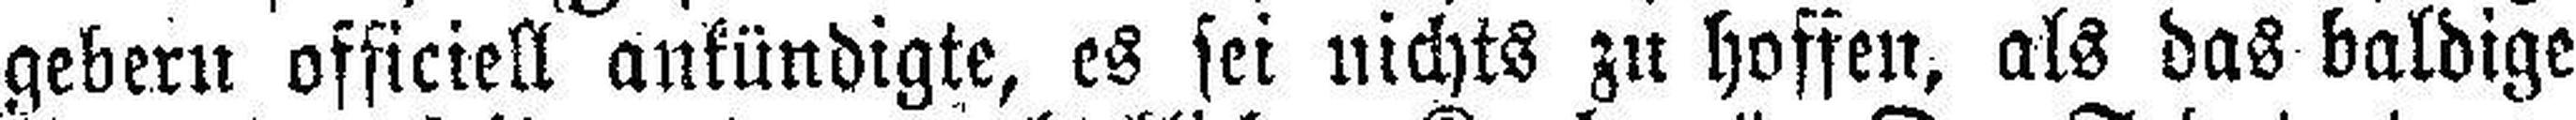
gebern officiell ankündigte, es sei nichts zu hoffen, als das baldige